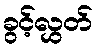
ခွင့်လွှတ်